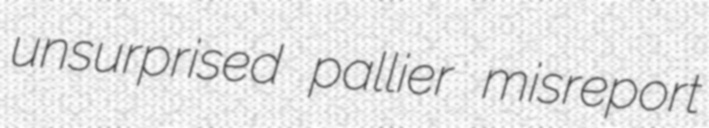
unsurprised pallier misreport